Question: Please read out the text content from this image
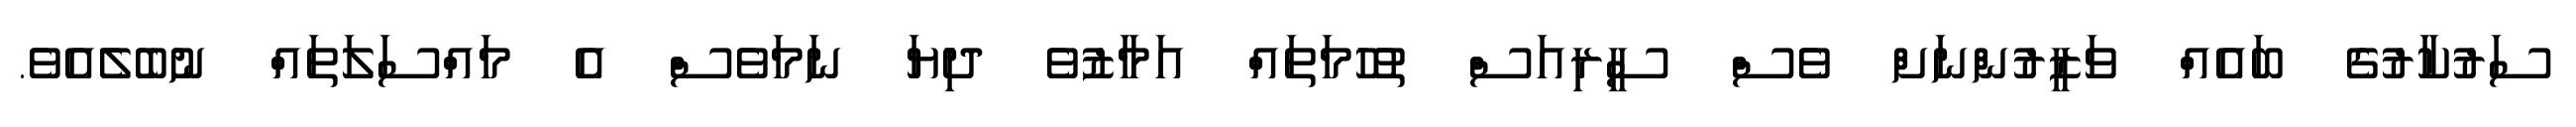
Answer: ސަރުކާރުގެ ބައެއް ވަޒީރުންނަށް ވެސް ސީރިއަސް ތުހުމަތައް އަމާޒުވެ ދިޔަ ނަމަވެސް އެ މައްސަލަތައް ނުބެލެއެވެ.